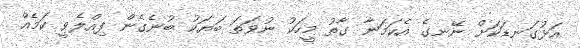
އަޅުގަނޑަކަށް ނޭނގެ އެކަމަނާ ގާތު މީހަކު ނުވަތަ ބަޔަކު ބުނެގެން ފިއްލެވީ ކަމެއް